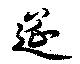
筵